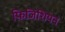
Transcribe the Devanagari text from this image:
फ़िजिशियन